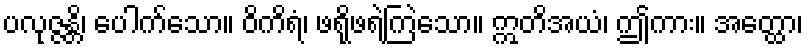
ပလုဇ္ဇန္တိ၊ ပေါက်သော။ ဝိကိရံ၊ ဖရိုဖရဲကြဲသော။ ဣတိအယံ၊ ဤကား။ အတ္ထော၊